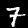
Digit: 7